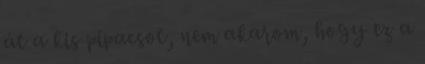
át a kis pipacsot, nem akarom, hogy ez a